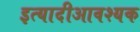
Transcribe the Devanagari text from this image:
इत्यादीआवश्यक